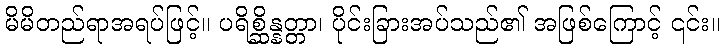
မိမိတည်ရာအရပ်ဖြင့်။ ပရိစ္ဆိန္နတ္တာ၊ ပိုင်းခြားအပ်သည်၏ အဖြစ်ကြောင့် ၎င်း။